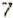
7